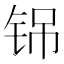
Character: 铞